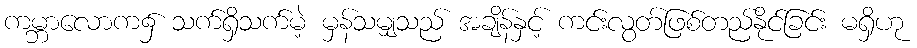
ကမ္ဘာလောက၌ သက်ရှိသက်မဲ့ မှန်သမျှသည် အချိန်နှင့် ကင်းလွတ်ဖြစ်တည်နိုင်ခြင်း မရှိဟု